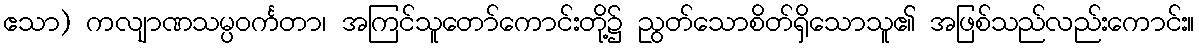
ဧသာ) ကလျာဏသမ္ပဝင်္ကတာ၊ အကြင်သူတော်ကောင်းတို့၌ ညွတ်သောစိတ်ရှိသောသူ၏ အဖြစ်သည်လည်းကောင်း။